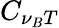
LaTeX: C_{\nu_{B}T}